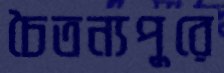
চৈতন্যপুরে